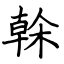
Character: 榦